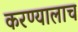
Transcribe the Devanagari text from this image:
करण्यालाच